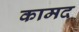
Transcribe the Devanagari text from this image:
कामद